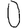
Digit: 0